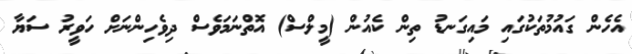
އެހެން ގައުމުތަކުގައި މައިގަނޑު ތިން ކެއުން (މީލްސް) އޮތްނަމަވެސް ދިވެހިންނަށް ހަވީރު ސަޔާ